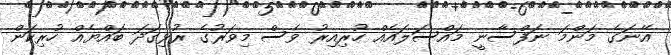
އޭނަގެ މަންމަ ނަފްސާނީ މައްސަލައެއް ހުރިއިރު ވެސް މިވަރުގެ ރުޅިގަދަ ބައްޔެއް ހުރިކަން